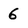
Character: 6